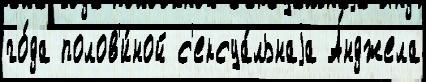
го́да полов'и́ной с'ексуа́льнаjа А́нджела